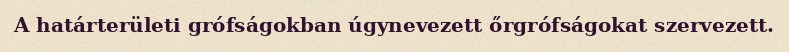
A határterületi grófságokban úgynevezett őrgrófságokat szervezett.